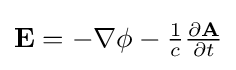
{\textstyle \mathbf {E} =-\nabla \phi -{\frac {1}{c}}{\frac {\partial \mathbf {A} }{\partial t}}}